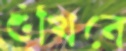
শুঁখিবে